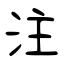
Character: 注